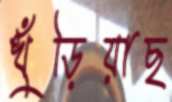
খুঁড়িয়াছ